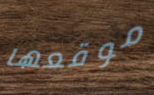
موقعها